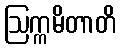
ဩက္ကမိတာတိ